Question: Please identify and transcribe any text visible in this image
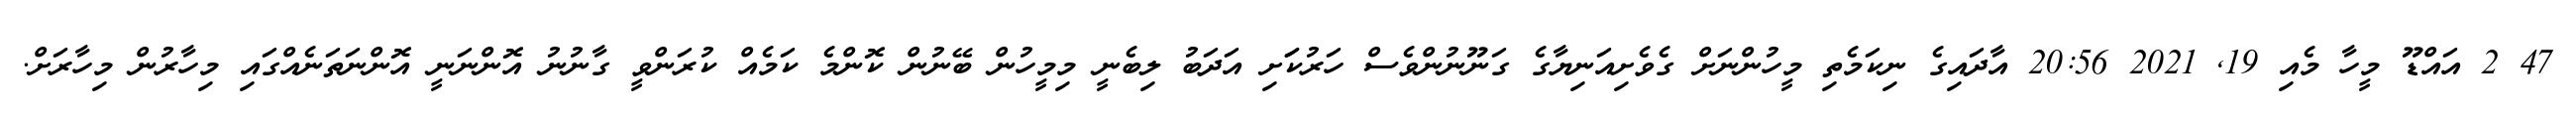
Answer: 47 2 އައްޑޫ މީހާ މެއި 19, 2021 20:56 އާދައިގެ ނިކަމެތި މީހުންނަށް ގެވެށިއަނިޔާގެ ގަނޫނުންވެސް ހަރުކަަށި އަދަބު ލިބެނީ މިމީހުން ބޭނުން ކޮންމެ ކަމެއް ކުރަންވީ ގާނުނު އޮންނަނީ އޮންނަތަނެއްގައި މިހާރުން މިހާރަށް.